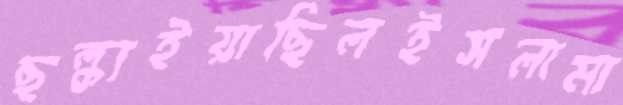
ছল্‌কাইয়াছিলইসলামা